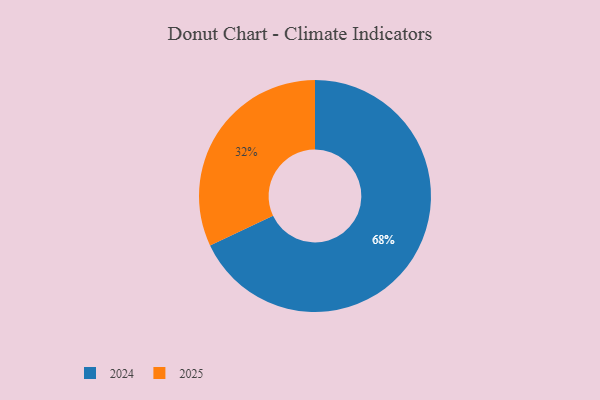
{"axis": {"x": "Category", "y": "Percentage"}, "legend": ["2024", "2025"], "data": [{"x": "2025", "y": 32, "type": "2025"}, {"x": "2024", "y": 68, "type": "2024"}]}